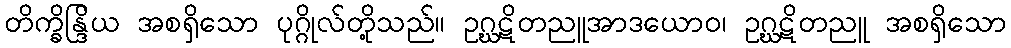
တိက္ခိန္ဒြိယ အစရှိသော ပုဂ္ဂိုလ်တို့သည်။ ဥဂ္ဃဋိတညူအာဒယောဝ၊ ဥဂ္ဃဋိတညူ အစရှိသော